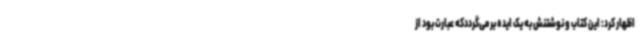
اظهار کرد: این کتاب و نوشتنش به یک ایده برمی‌گرددکه عبارت بود از